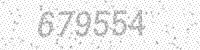
Solution: 679554